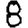
Digit: 8